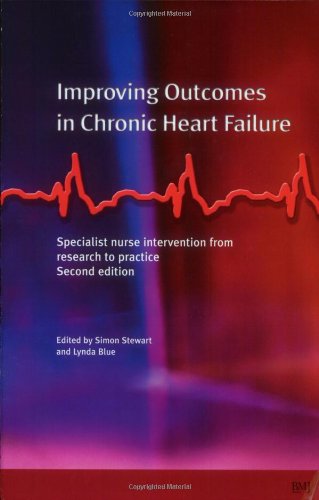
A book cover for Improving Outcomes in Chronic Heart Failure: A practical guide to specialist nurse intervention; Medical Books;